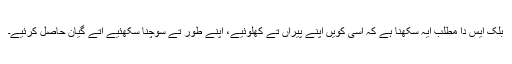
بلک ایس دا مطلب ایہ سکھنا ہے کہ اسی کویں اپنے پیراں تے کھلوئیے، اپنے طور تے سوچنا سکھئیے اتے گیان حاصل کرئیے۔